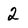
Character: 2